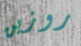
روزين